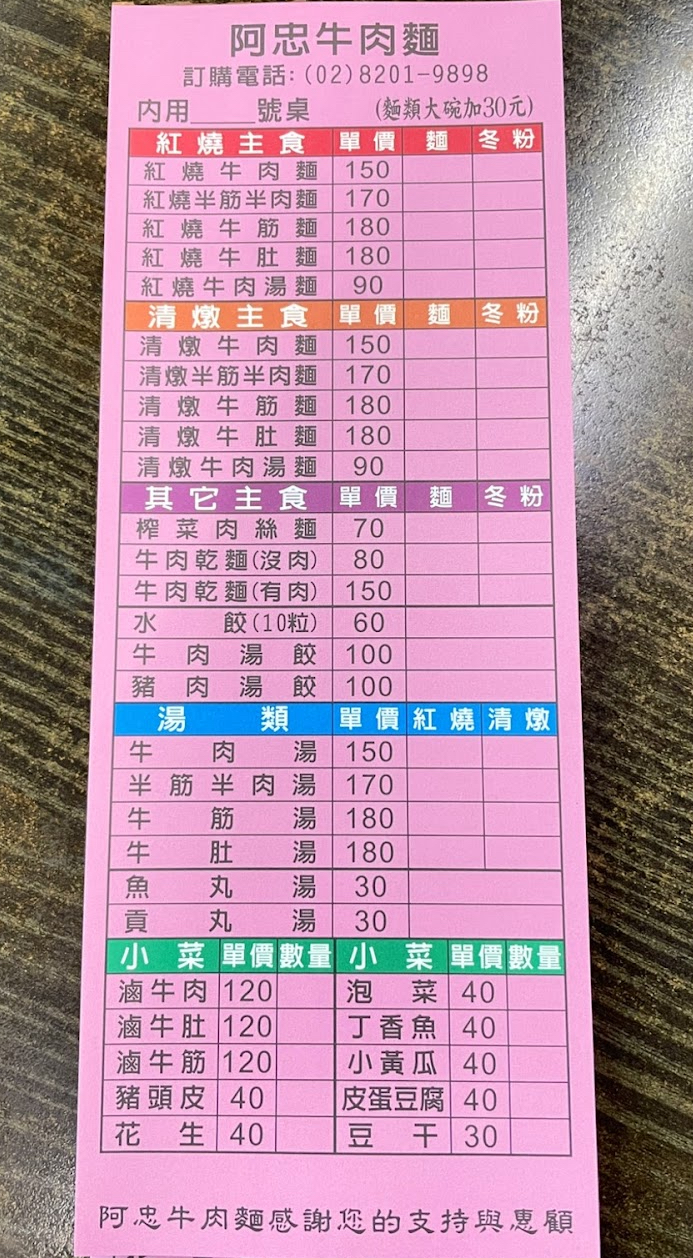
餐廳：阿忠牛肉麵
電話：(02)8201-9898
菜單：
name: 紅燒牛肉麵
price: 150
name: 紅燒半筋半肉麵
price: 170
name: 紅燒牛筋麵
price: 180
name: 紅燒牛肚麵
price: 180
name: 紅燒牛肉湯麵
price: 90
name: 清燉牛肉麵
price: 150
name: 清燉半筋半肉麵
price: 170
name: 清燉牛筋麵
price: 180
name: 清燉牛肚麵
price: 180
name: 清燉牛肉湯麵
price: 90
name: 榨菜肉絲麵
price: 70
name: 牛肉乾麵(沒肉)
price: 80
name: 牛肉乾麵(有肉)
price: 150
name: 水餃(10粒)
price: 60
name: 牛肉湯餃
price: 100
name: 豬肉湯餃
price: 100
name: 牛肉湯
price: 150
name: 半筋半肉湯
price: 170
name: 牛筋湯
price: 180
name: 牛肚湯
price: 180
name: 魚丸湯
price: 30
name: 貢丸湯
price: 30
name: 滷牛肉
price: 120
name: 滷牛肚
price: 120
name: 滷牛筋
price: 120
name: 泡菜
price: 40
name: 丁香魚
price: 40
name: 小黃瓜
price: 40
name: 豬頭皮
price: 40
name: 皮蛋豆腐
price: 40
name: 花生
price: 40
name: 豆干
price: 30